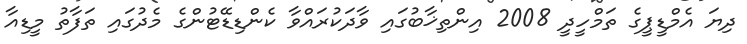
ދިޔަ އެމްޑީޕީގެ ތަމްހީދީ 2008 އިންތިޚާބުގައި ވާދަކުރައްވާ ކެންޑިޑޭޓުންގެ މެދުގައި ތަފާތު މީޑިއާ